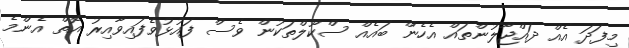
މިފަދަ އެއް ދައްޖާލުންތައް އެހެން ބައެއް ސްކޫލްތަކުން ވެސް ފައުޅުވެފައިވާއިރު އޮތް އެންމެ